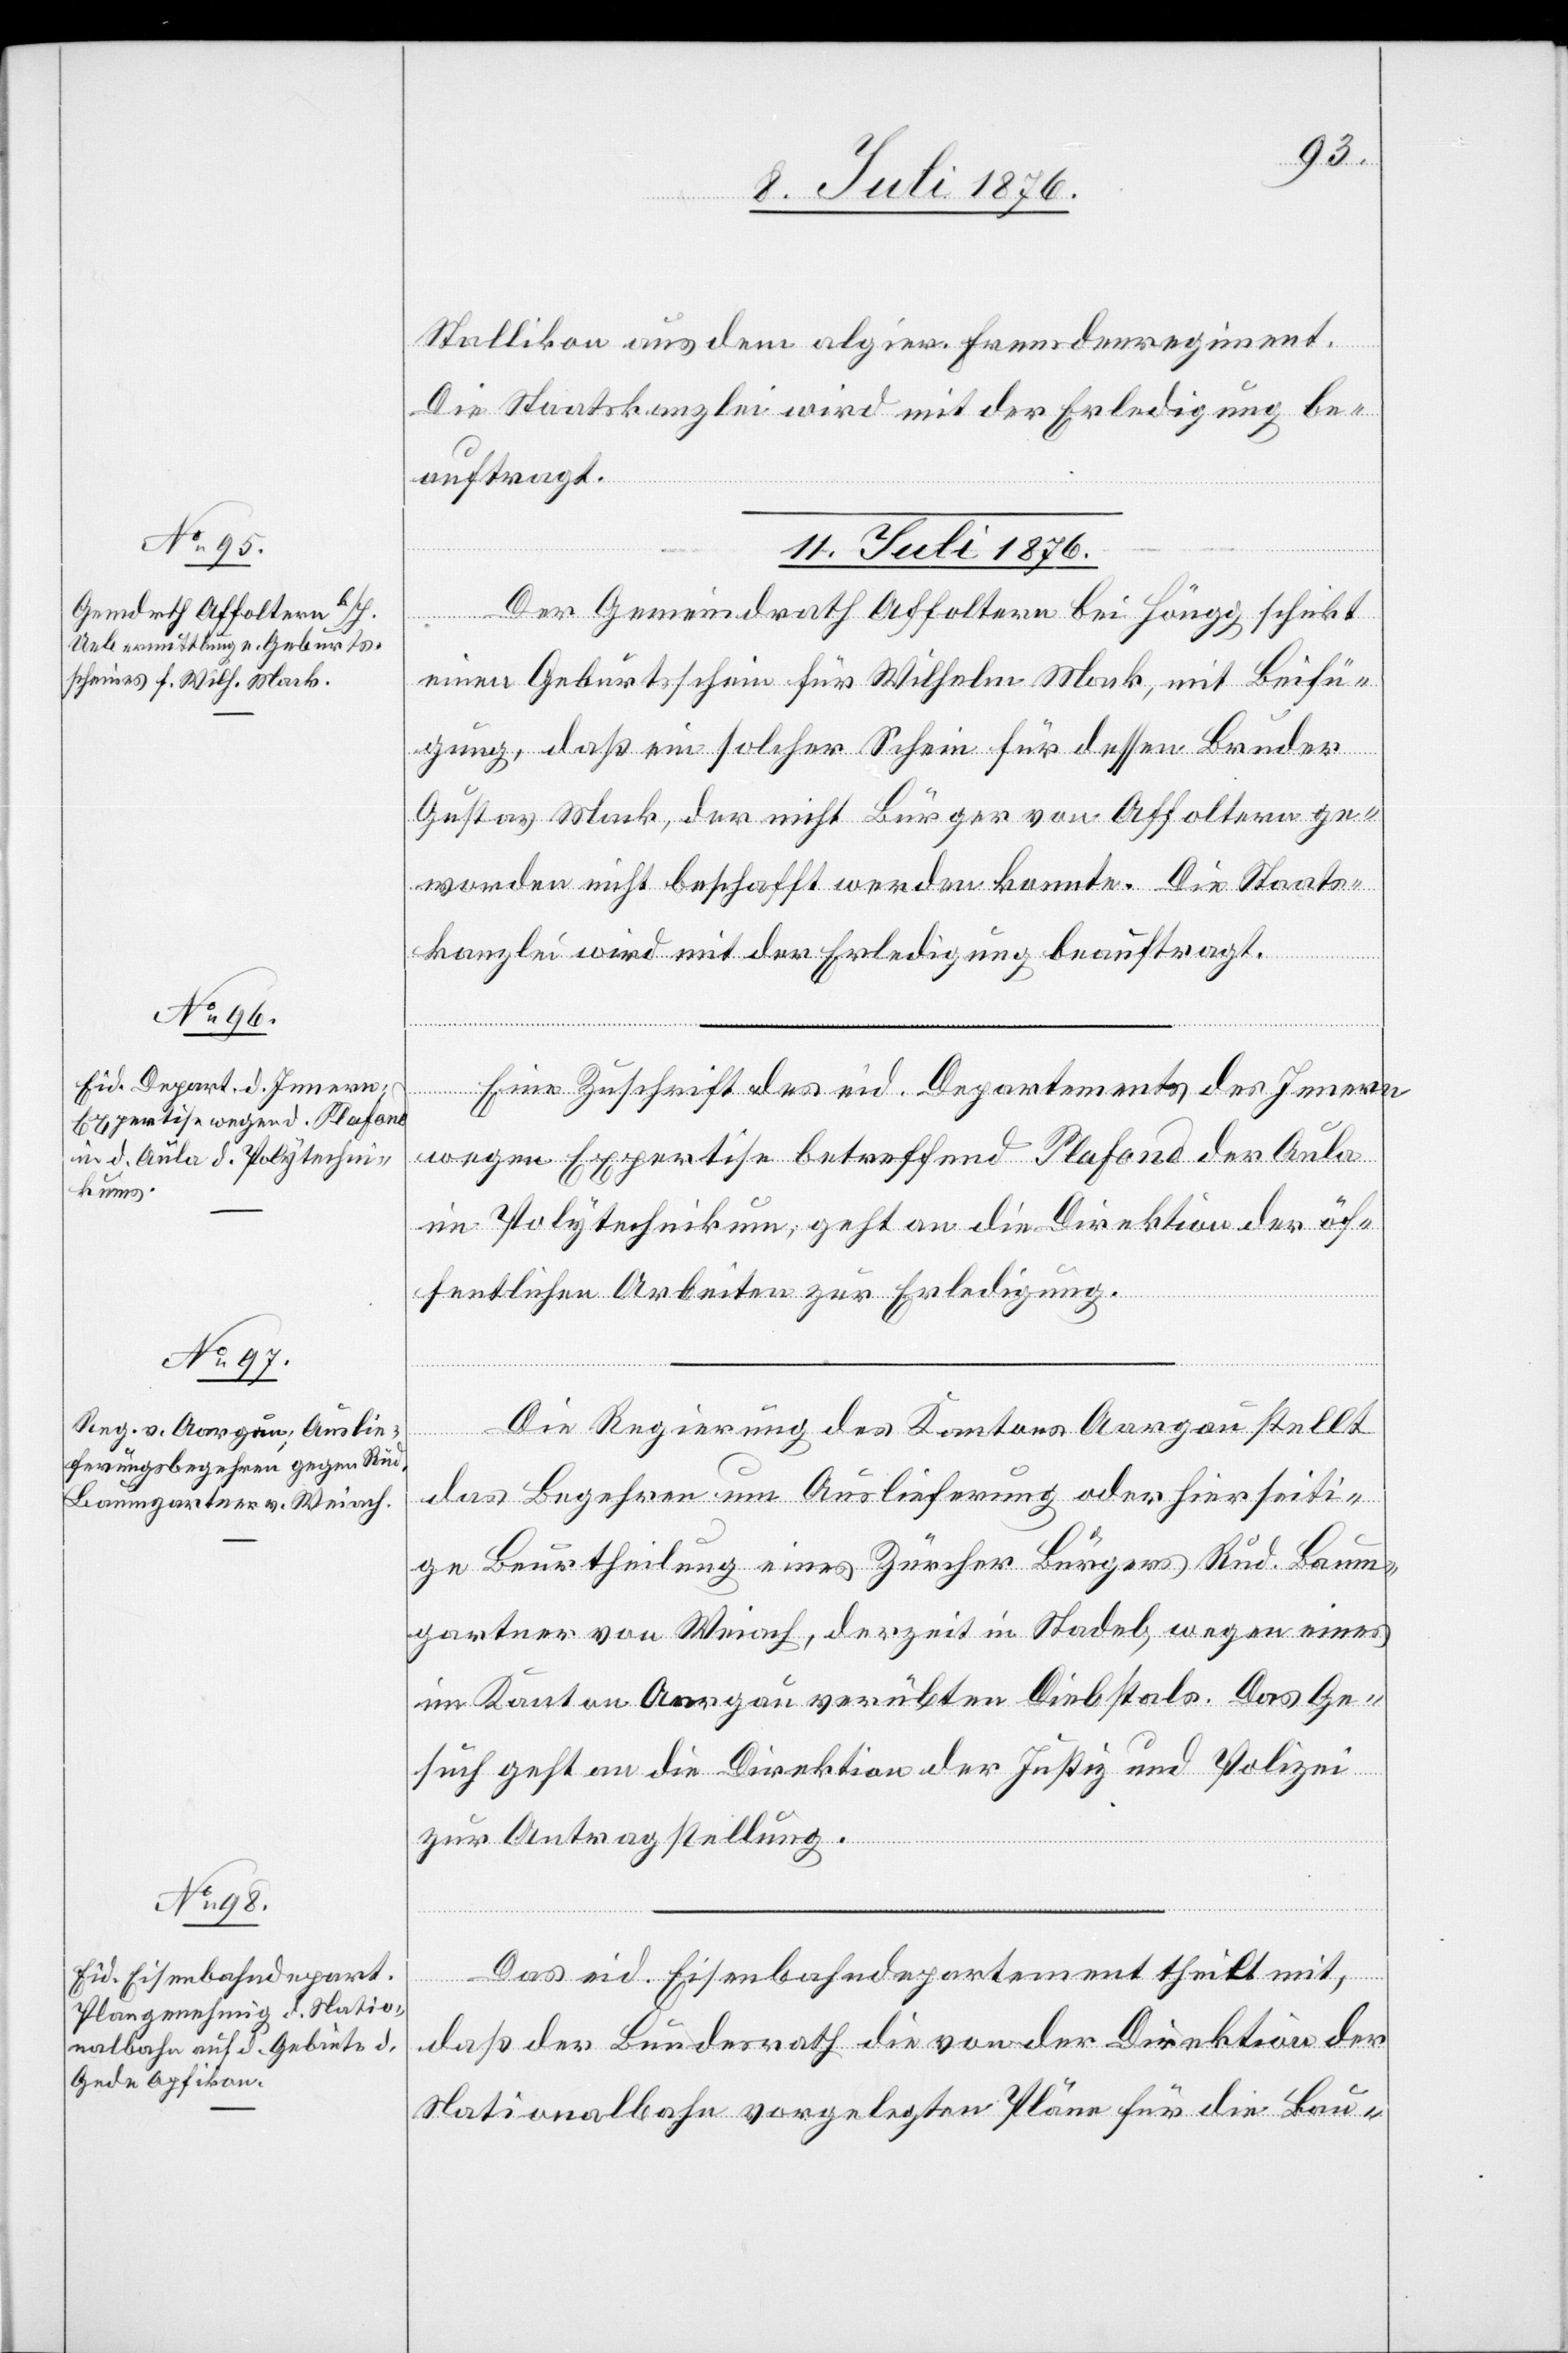
Stallikon aus dem algier. Fremdenregiment.
Die Staatskanzlei wird mit der Erledigung be¬
erung
des
auftragt.
11. Juli 1876.]
Der Gemeindrath Affoltern bei Höngg schickt
einen Geburtsschein für Wilhelm Mack, mit Beifü¬
gung, daß ein solcher Schein für dessen Bruder
Gustav Mack, der nicht Bürger von Affoltern ge¬
worden[,] nicht beschafft werden konnte. Die Staats¬
kanzlei wird mit der Erledigung beauftragt.¨
Kantons
Eine Zuschrift des eid. Departements des Innern
wegen Expertise betreffend Plafond der Aula
im Polytechnikum, geht an die Direktion der öf¬
fentlichen Arbeiten zur Erledigung.
das Begehren um Auslieferung oder hierseiti¬
ge Beurtheilung eines Zürcher Bürgers Rud. Baum¬
gartner von Weiach, derzeit in Stadel, wegen eines
im Kanton Aargau verübten Diebstals. Das Ge¬
such geht an die Direktion der Justiz und Polizei
zur Antragstellung.
Das eid. Eisenbahndepartement theilt mit,
daß der Bundesrath die von der Direktion der
Nationalbahn vorgelegten Pläne für die Bau-